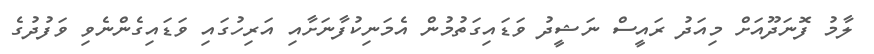
ލާމު ފޮނަދޫއަށް މިއަދު ރައީސް ނަޝީދު ވަޑައިގަތުމުން އެމަނިކުފާނަށާއި އަރިހުގައި ވަޑައިގެންނެވި ވަފުދުގެ